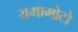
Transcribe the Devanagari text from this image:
यमामोटो